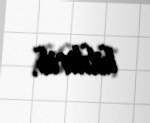
bildirib.